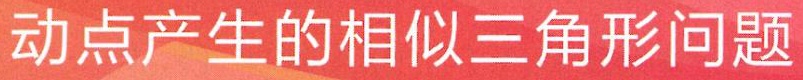
动点产生的相似三角形问题